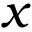
x